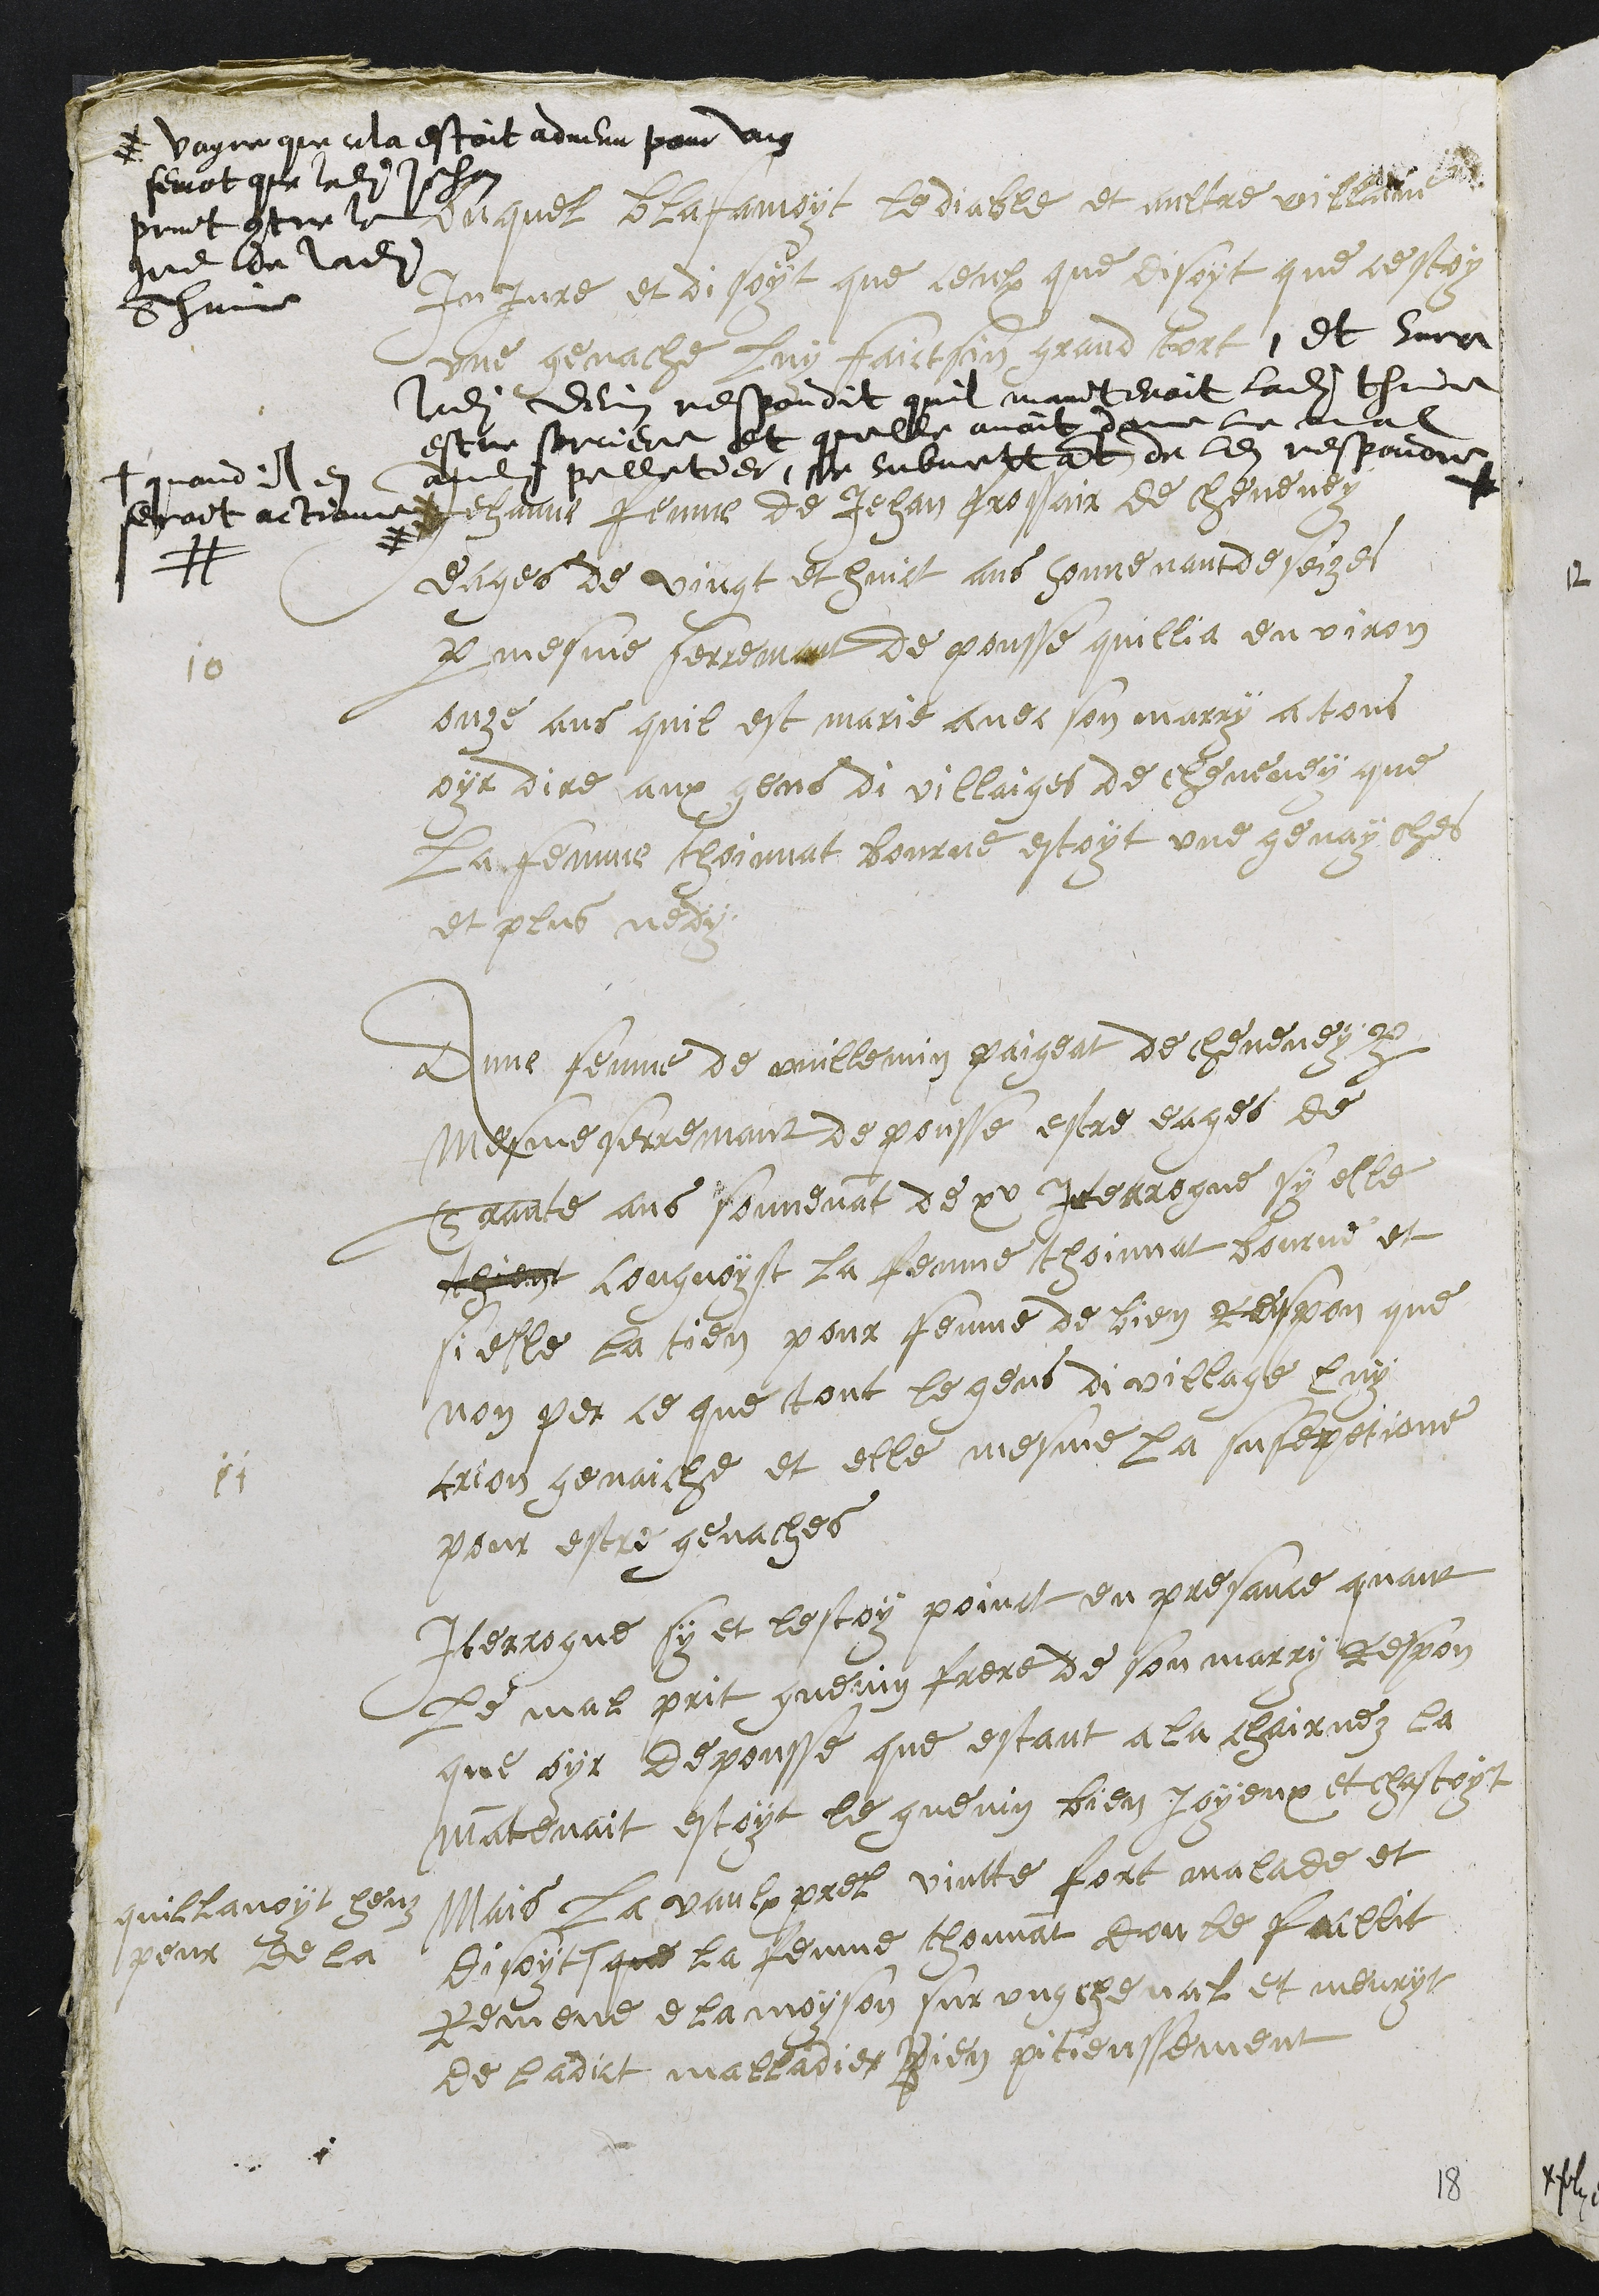
Duquel blafamoyt le diable et aultre villaine
Injure et disoyt que ceulx que disoyt que cestoy
une genache luy faictsin grand tort, et surce
ledit devin respondit quil maintenoit ladite thine
estre sorciere et quelle avoit donne le mal
audit pelletier, se submettant de len respondre
quand il en
seroit actionne
# voyre que cela estoit advenu pour ung
semot que ledit Jehan
print contre le
gre de ladite
Thinne
10
Jehanne fenme de Jehan Frossair de cheveney
eages de vingt et huict ans souvenant de seize
par mesme serremant de pousse quillia environ
onze ans quil est marie avec son marry a tous
oyr dire aux gens di villaiges de cheveney que
La femme thoinnat Bourne estoyt une genayches
et plus ne dy
11
Anne fenme de vuillemin paigeat de cheveney par
Mesme serremant de pousse estre eages de
Trante ans souvenant de xv interrogue sy elle
thient congnoyst la fenme thoinnat bourne et
si elle la tien pour fenme de bien respon que
non per ce que tout le gens di village luy
crion genaiche et elle mesme la susepitione
pour estre genaches
Iterrogue sy et lestoy poinct en presance quant
Le mal prit guenin frere de son marry respon
que oyr depousse que estant a la chairruez la
mantenait estoyt le guenin bien joyeux et chastoyt
Mais la vaulx prel vintte fort malade et
disoyt
quil lavoit heuz
peur de la
que la fenme thonnat don le fallit
Remene ela moyson sur ung cheval et meuryt
de ladict malladies bien pitieussement
18